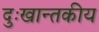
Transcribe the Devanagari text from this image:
दुःखान्तकीय